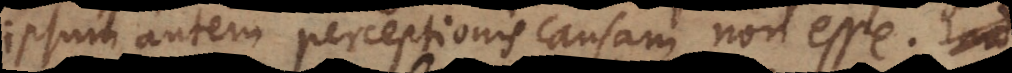
ipsum autem perceptionis causam non esse. Imo